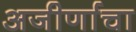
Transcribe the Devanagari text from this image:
अजीर्णाचा